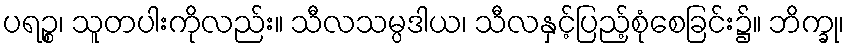
ပရဉ္စ၊ သူတပါးကိုလည်း။ သီလသမ္ပဒါယ၊ သီလနှင့်ပြည့်စုံစေခြင်း၌။ ဘိက္ခု၊